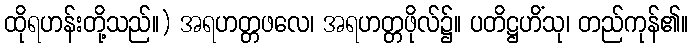
ထိုရဟန်းတို့သည်။) အရဟတ္တဖလေ၊ အရဟတ္တဖိုလ်၌။ ပတိဋ္ဌဟိံသု၊ တည်ကုန်၏။